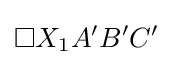
\square X_{1}A'B'C'